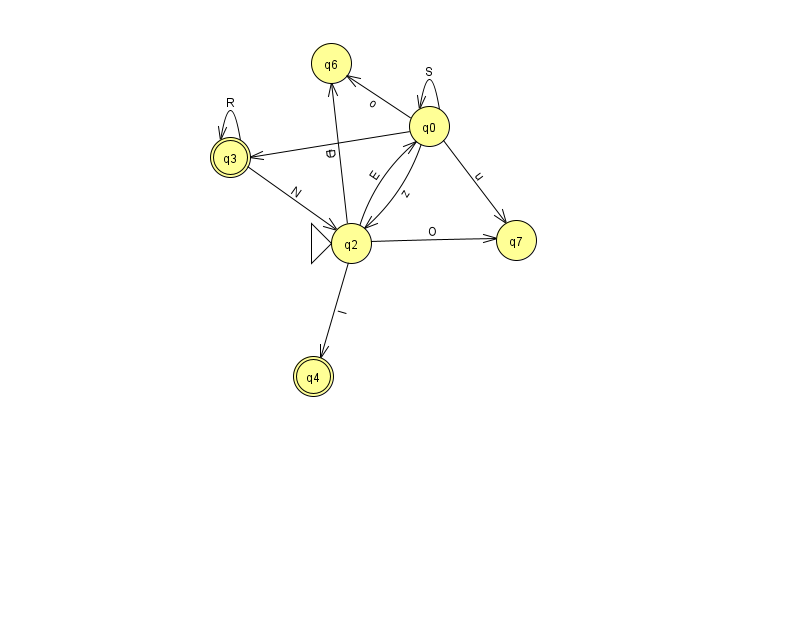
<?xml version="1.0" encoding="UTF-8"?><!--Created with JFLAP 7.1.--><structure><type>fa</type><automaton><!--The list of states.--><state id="0" name="q0"><x>429.0</x><y>113.0</y></state><state id="2" name="q2"><x>351.0</x><y>230.0</y><initial/></state><state id="3" name="q3"><x>230.0</x><y>144.0</y><final/></state><state id="4" name="q4"><x>313.0</x><y>363.0</y><final/></state><state id="6" name="q6"><x>331.0</x><y>50.0</y></state><state id="7" name="q7"><x>516.0</x><y>227.0</y></state><!--The list of transitions.--><transition><from>0</from><to>2</to><read>z</read></transition><transition><from>3</from><to>3</to><read>R</read></transition><transition><from>0</from><to>0</to><read>S</read></transition><transition><from>2</from><to>4</to><read>l</read></transition><transition><from>3</from><to>2</to><read>N</read></transition><transition><from>2</from><to>7</to><read>O</read></transition><transition><from>0</from><to>7</to><read>u</read></transition><transition><from>0</from><to>6</to><read>o</read></transition><transition><from>2</from><to>6</to><read>D</read></transition><transition><from>2</from><to>0</to><read>E</read></transition><transition><from>0</from><to>3</to><read>r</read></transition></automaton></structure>